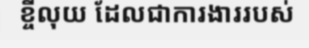
ខ្ចីលុយ ដែលជាការងាររបស់